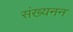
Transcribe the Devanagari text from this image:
संख्यनन